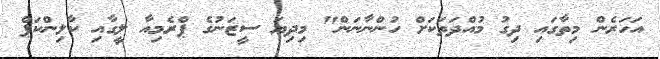
އަހަރެން މިތާގައި ދިގު މުއްދަތަކަށް ހުންނާނަން" މިދިޔަ ސީޒަނުގެ ޕްރެމިއާ ލީގާއި ކާލިންކަޕް